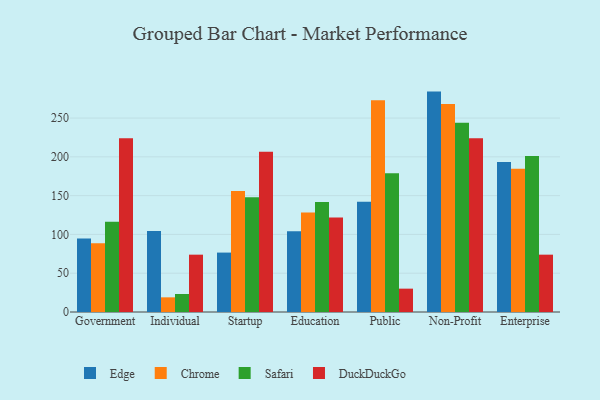
{"axis": {"x": "Segment", "y": "Budget (USD K)"}, "legend": ["Chrome", "DuckDuckGo", "Edge", "Safari"], "data": [{"x": "Government", "y": 94.9, "type": "Edge"}, {"x": "Government", "y": 88.5, "type": "Chrome"}, {"x": "Government", "y": 116.3, "type": "Safari"}, {"x": "Government", "y": 224.0, "type": "DuckDuckGo"}, {"x": "Individual", "y": 104.4, "type": "Edge"}, {"x": "Individual", "y": 18.9, "type": "Chrome"}, {"x": "Individual", "y": 23.2, "type": "Safari"}, {"x": "Individual", "y": 73.9, "type": "DuckDuckGo"}, {"x": "Startup", "y": 76.6, "type": "Edge"}, {"x": "Startup", "y": 156.1, "type": "Chrome"}, {"x": "Startup", "y": 147.9, "type": "Safari"}, {"x": "Startup", "y": 206.6, "type": "DuckDuckGo"}, {"x": "Education", "y": 104.1, "type": "Edge"}, {"x": "Education", "y": 128.3, "type": "Chrome"}, {"x": "Education", "y": 141.8, "type": "Safari"}, {"x": "Education", "y": 121.7, "type": "DuckDuckGo"}, {"x": "Public", "y": 142.2, "type": "Edge"}, {"x": "Public", "y": 272.8, "type": "Chrome"}, {"x": "Public", "y": 178.9, "type": "Safari"}, {"x": "Public", "y": 30.1, "type": "DuckDuckGo"}, {"x": "Non-Profit", "y": 284.1, "type": "Edge"}, {"x": "Non-Profit", "y": 268.1, "type": "Chrome"}, {"x": "Non-Profit", "y": 244.1, "type": "Safari"}, {"x": "Non-Profit", "y": 223.9, "type": "DuckDuckGo"}, {"x": "Enterprise", "y": 193.4, "type": "Edge"}, {"x": "Enterprise", "y": 184.6, "type": "Chrome"}, {"x": "Enterprise", "y": 201.1, "type": "Safari"}, {"x": "Enterprise", "y": 73.9, "type": "DuckDuckGo"}]}